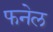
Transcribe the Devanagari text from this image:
फनेल